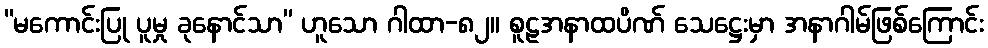
“မကောင်းပြု ပူမှု ခုနောင်သာ” ဟူသော ဂါထာ-၈၂။ စူဠအနာထပိဏ် သေဋ္ဌေးမှာ အနာဂါမ်ဖြစ်ကြောင်း